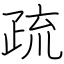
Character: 疏